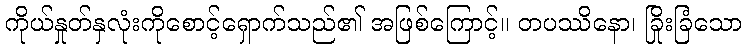
ကိုယ်နှုတ်နှလုံးကိုစောင့်ရှောက်သည်၏ အဖြစ်ကြောင့်။ တပဿိနော၊ ခြိုးခြံသော